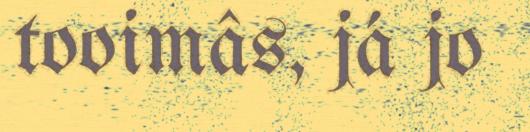
tooimâs, já jo